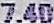
7.40